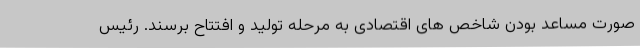
صورت مساعد بودن شاخص های اقتصادی به مرحله تولید و افتتاح برسند. رئیس